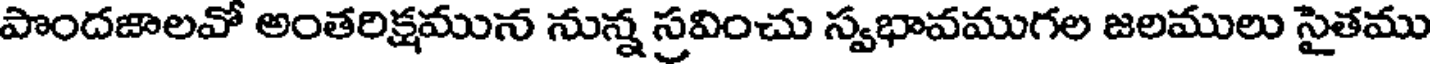
పొందజాలవో అంతరిక్షమున నున్న స్రవించు స్వభావముగల జలములు సైతము